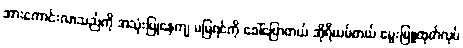
အားကောင်းလာသည်ကို အသုံးပြုနေကျ မမြရင်ကို ခေါ်ပြောတယ် အိုရီယမ်တယ် မွေးမြူထုတ်လုပ်